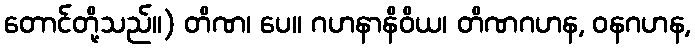
တောင်တို့သည်။) တိဏ၊ ပေ။ ဂဟနာနိဝိယ၊ တိဏဂဟန, ဝနဂဟန,